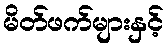
မိတ်ဖက်များနှင့်